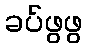
ခပ်ဖွဖွ